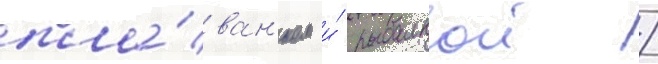
пла́ван'ием и́ рыбалкои /